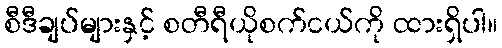
စီဒီချပ်များနှင့် စတီရီယိုစက်ငယ်ကို ထားရှိပါ။